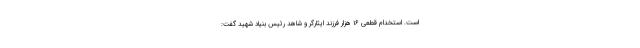
است. استخدام قطعی ۱۶ هزار فرزند ایثارگر و شاهد رئیس بنیاد شهید گفت: